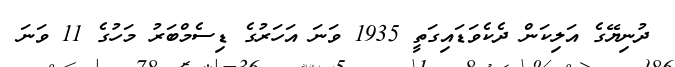
ދުނިޔޭގެ އަލިކަން ދެކެވަޑައިގަތީ 1935 ވަނަ އަހަރުގެ ޑިސެމްބަރު މަހުގެ 11 ވަނަ